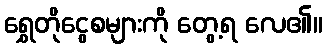
ရွှေတိုငွေစများကို တွေ့ရ လေ၏။